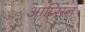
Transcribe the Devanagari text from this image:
आप्सिन